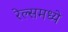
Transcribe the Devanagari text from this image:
रेल्समध्ये